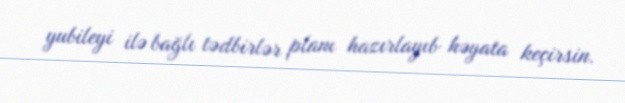
yubileyi ilə bağlı tədbirlər planı hazırlayıb həyata keçirsin.